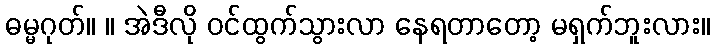
ဓမ္မဂုတ်။ ။ အဲဒီလို ဝင်ထွက်သွားလာ နေရတာတော့ မရှက်ဘူးလား။